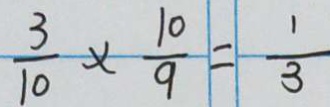
\frac { 3 } { 1 0 } \times \frac { 1 0 } { 9 } = \frac { 1 } { 3 }